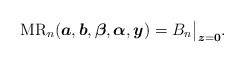
\begin{gather*}{\rm MR}_n({\boldsymbol{a}},{\boldsymbol{b}},{\boldsymbol{\beta}},{\boldsymbol{\alpha}},{\boldsymbol{y}})= B_n \big |_{{\boldsymbol{z}}={\bf 0}}.\end{gather*}